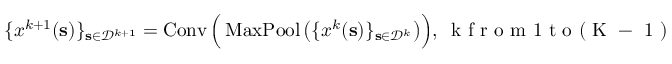
\{ \boldsymbol { x } ^ { k + 1 } ( \mathbf { s } ) \} _ { \mathbf { s } \in \mathcal { D } ^ { k + 1 } } = \operatorname { C o n v } \Big ( \operatorname { M a x P o o l } \big ( \{ \boldsymbol { x } ^ { k } ( \mathbf { s } ) \} _ { \mathbf { s } \in \mathcal { D } ^ { k } } \big ) \Big ) , \ \mathrm { ~ k ~ f ~ r ~ o ~ m ~ 1 ~ t ~ o ~ ( ~ K ~ - ~ 1 ~ ) ~ } .